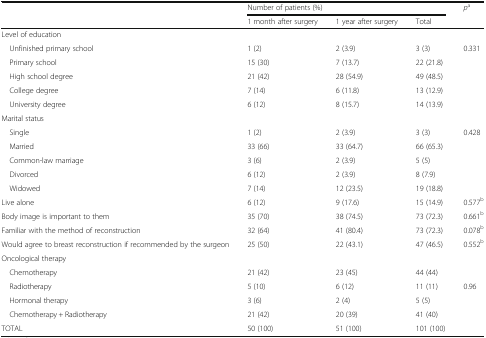
<table><thead><tr><td rowspan="2"></td><td colspan="3"><b>Number of patients (%)</b></td><td rowspan="2"><b><i>p</i><sup>a</sup></b></td></tr><tr><td><b>1 month after surgery</b></td><td><b>1 year after surgery</b></td><td><b>Total</b></td></tr></thead><tbody><tr><td colspan="5">Level of education</td></tr><tr><td> Unfinished primary school</td><td>1 (2)</td><td>2 (3.9)</td><td>3 (3)</td><td rowspan="5">0.331</td></tr><tr><td> Primary school</td><td>15 (30)</td><td>7 (13.7)</td><td>22 (21.8)</td></tr><tr><td> High school degree</td><td>21 (42)</td><td>28 (54.9)</td><td>49 (48.5)</td></tr><tr><td> College degree</td><td>7 (14)</td><td>6 (11.8)</td><td>13 (12.9)</td></tr><tr><td> University degree</td><td>6 (12)</td><td>8 (15.7)</td><td>14 (13.9)</td></tr><tr><td colspan="5">Marital status</td></tr><tr><td> Single</td><td>1 (2)</td><td>2 (3.9)</td><td>3 (3)</td><td rowspan="5">0.428</td></tr><tr><td> Married</td><td>33 (66)</td><td>33 (64.7)</td><td>66 (65.3)</td></tr><tr><td> Common-law marriage</td><td>3 (6)</td><td>2 (3.9)</td><td>5 (5)</td></tr><tr><td> Divorced</td><td>6 (12)</td><td>2 (3.9)</td><td>8 (7.9)</td></tr><tr><td> Widowed</td><td>7 (14)</td><td>12 (23.5)</td><td>19 (18.8)</td></tr><tr><td>Live alone</td><td>6 (12)</td><td>9 (17.6)</td><td>15 (14.9)</td><td>0.577<sup>b</sup></td></tr><tr><td>Body image is important to them</td><td>35 (70)</td><td>38 (74.5)</td><td>73 (72.3)</td><td>0.661<sup>b</sup></td></tr><tr><td>Familiar with the method of reconstruction</td><td>32 (64)</td><td>41 (80.4)</td><td>73 (72.3)</td><td>0.078<sup>b</sup></td></tr><tr><td>Would agree to breast reconstruction if recommended by the surgeon</td><td>25 (50)</td><td>22 (43.1)</td><td>47 (46.5)</td><td>0.552<sup>b</sup></td></tr><tr><td colspan="5">Oncological therapy</td></tr><tr><td> Chemotherapy</td><td>21 (42)</td><td>23 (45)</td><td>44 (44)</td><td></td></tr><tr><td> Radiotherapy</td><td>5 (10)</td><td>6 (12)</td><td>11 (11)</td><td>0.96</td></tr><tr><td> Hormonal therapy</td><td>3 (6)</td><td>2 (4)</td><td>5 (5)</td><td></td></tr><tr><td> Chemotherapy + Radiotherapy</td><td>21 (42)</td><td>20 (39)</td><td>41 (40)</td><td></td></tr><tr><td>TOTAL</td><td>50 (100)</td><td>51 (100)</td><td>101 (100)</td><td></td></tr></tbody></table>